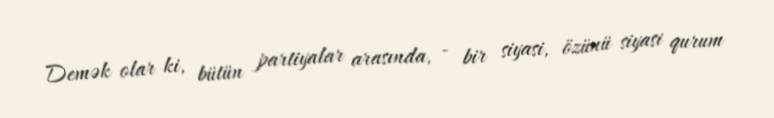
Demək olar ki, bütün partiyalar arasında, - bir siyasi, özünü siyasi qurum